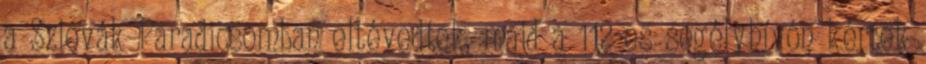
a Szlovák Paradicsomban eltévedtek, majd a 112-es segélyhívón kértek